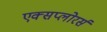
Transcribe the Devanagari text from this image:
एक्सप्लोरर्स